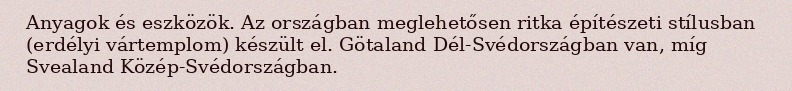
Anyagok és eszközök. Az országban meglehetősen ritka építészeti stílusban (erdélyi vártemplom) készült el. Götaland Dél-Svédországban van, míg Svealand Közép-Svédországban.